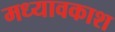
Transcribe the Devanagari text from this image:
मध्यावकाश